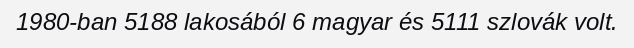
1980-ban 5188 lakosából 6 magyar és 5111 szlovák volt.